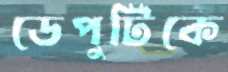
ডেপুটিকে